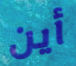
أين